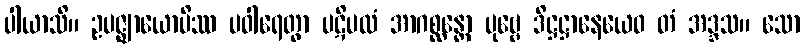
ပါယာသိ။ ဥပဇ္ဈာယောပိဿ ပဝါရေတွာ ပဋိပထံ အာဂစ္ဆန္တော ပုဗ္ဗေ ဒိဋ္ဌဋ္ဌာနေယေဝ တံ အဒ္ဒသ။ သော